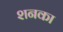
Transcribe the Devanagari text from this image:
शनका